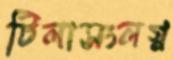
টিলাসংলগ্ন